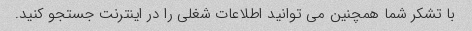
با تشکر شما همچنین می توانید اطلاعات شغلی را در اینترنت جستجو کنید.